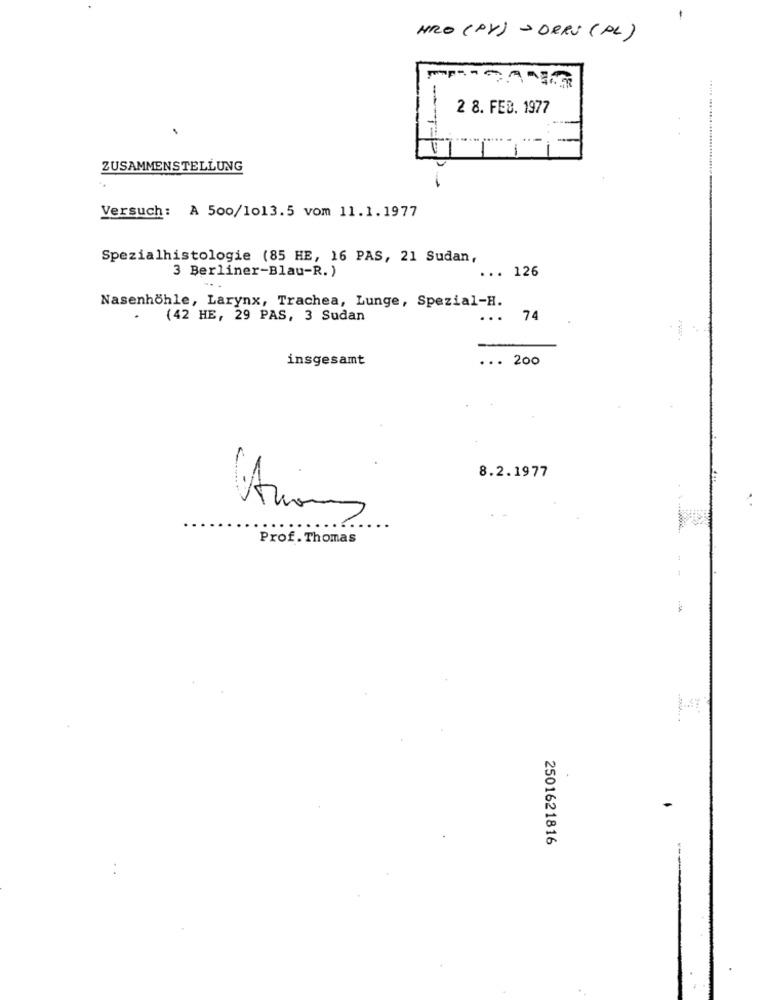
HRO (PV) - DERS (PL)
-
2 8. FEB. 1977
ZUSAMMENSTELLUNG
Versuch: A 500/1013.5 vom 11.1.1977
Spezialhistologie (85 HE, 16 PAS, 21 Sudan,
3 Berliner-Blau-R. )
... 126
Nasenhöhle, Larynx, Trachea, Lunge, Spezial-H.
.
(42 HE, 29 PAS, 3 Sudan
.. 74
insgesamt
... 200
8.2.1977
Prof. Thomas
-
2501621816